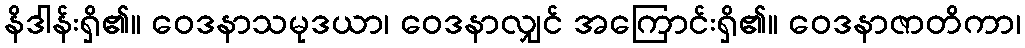
နိဒါန်းရှိ၏။ ဝေဒနာသမုဒယာ၊ ဝေဒနာလျှင် အကြောင်းရှိ၏။ ဝေဒနာဇာတိကာ၊